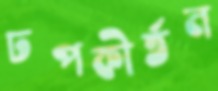
ঢপকীর্তন